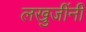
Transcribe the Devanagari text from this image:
लखुजींनी